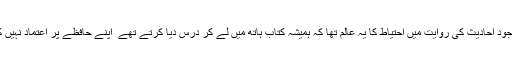
اس کے باوجود احادیث کی روایت میں احتیاط کا یہ عالم تھا کہ ہمیشہ کتاب ہاتھ میں لے کر درس دیا کرتے تھے ٗ اپنے حافظے پر اعتماد نہیں کرتے تھے۔